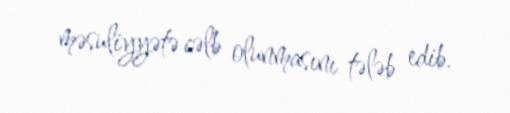
məsuliyyətə cəlb olunmasını tələb edib.